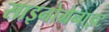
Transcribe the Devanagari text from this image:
साइनोग्रेनाइट